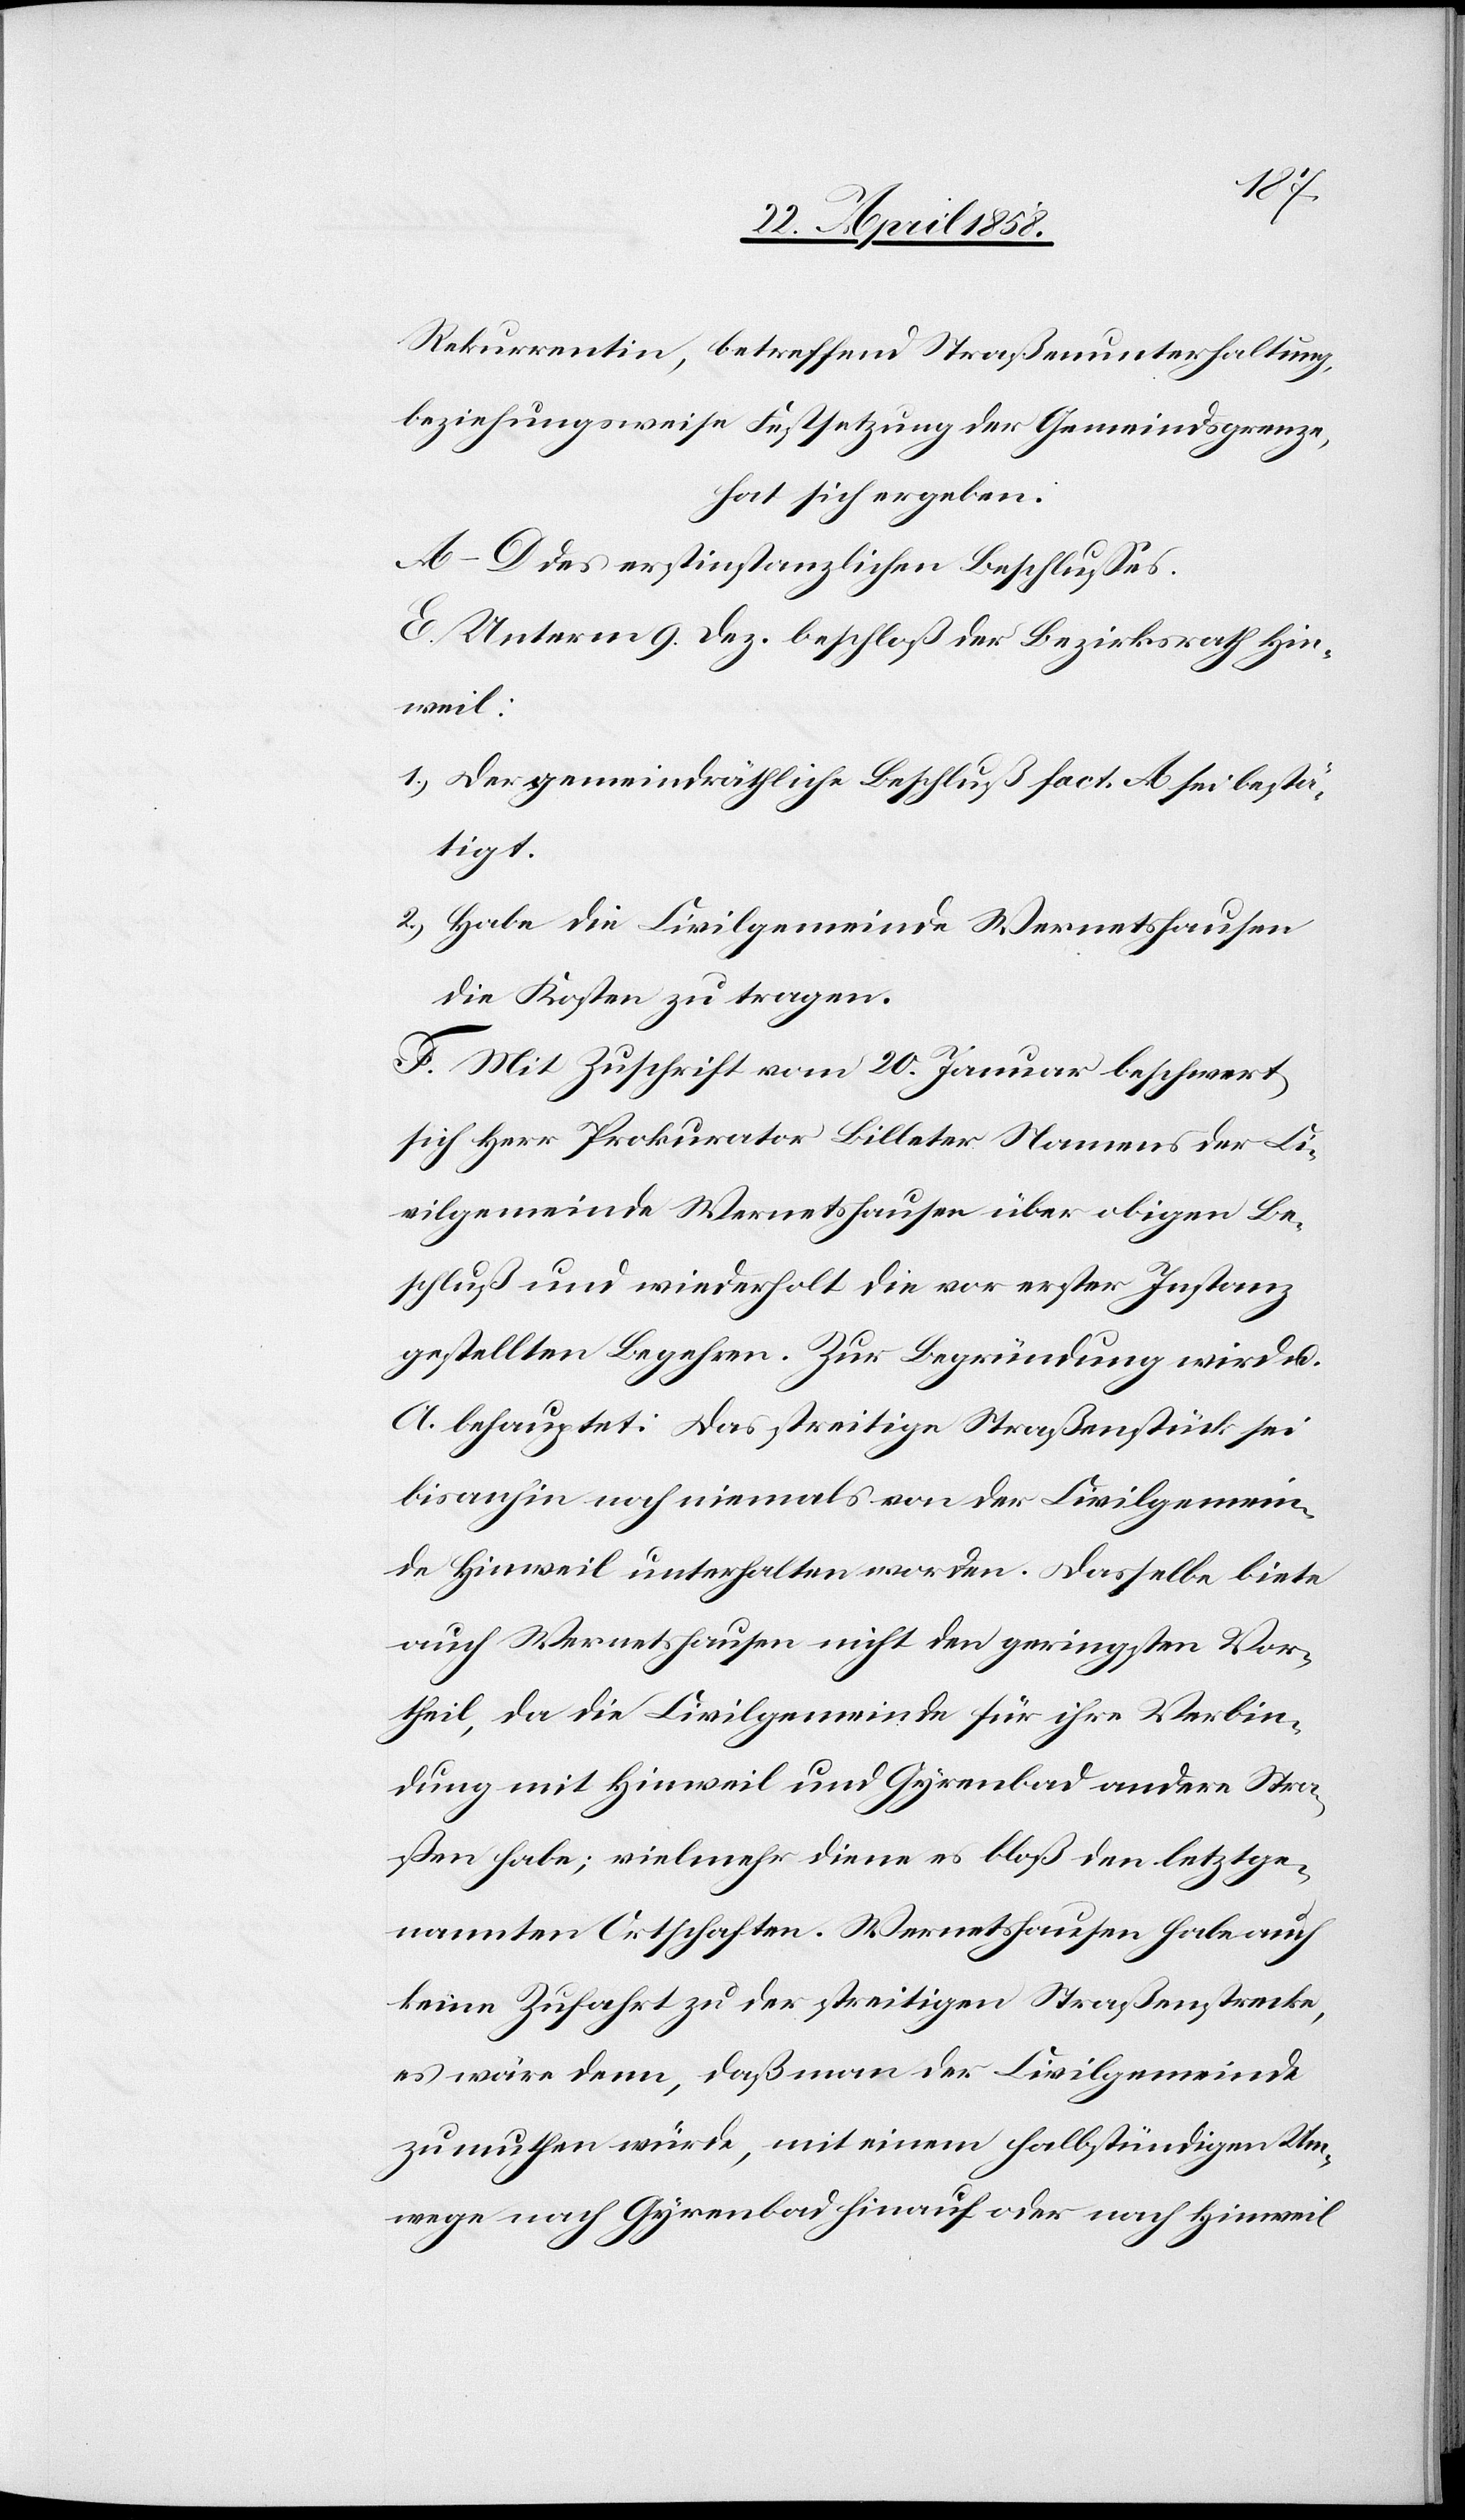
Rekurrentin, betreffend Straßenunterhaltung,
beziehungsweise Festsetzung der Gemeindsgrenze,
hat sich ergeben:
A–D des erstinstanzlichen Beschlusses.
E. Unterm 9. Dez, beschloß der Bezirksrath Hin¬
weil:
1.) Der gemeindräthliche Beschluß fact. A sei bestä¬
tigt.
2.) Habe die Civilgemeinde Wernetshausen
die Kosten zu tragen.
F. Mit Zuschrift vom 20. Januar beschwert
sich Herr Prokurator Billeter Namens der Ci¬
vilgemeinde Wernetshausen über obigen Be¬
schluß und wiederholt die vor erster Instanz
gestellten Begehren. Zur Begründung wird u.
A. behauptet: Das streitige Straßenstück sei
bis anhin noch niemals von der Civilgemein¬
de Hinweil unterhalten worden. Dasselbe biete
auch Wernetshausen nicht den geringsten Vor¬
theil, da die Civilgemeinde für ihre Verbin¬
dung mit Hinweil und Gyrenbad andere Stra¬
ßen habe; vielmehr diene es bloß den letztge¬
nannten Ortschaften. Wernetshausen habe auch
keine Zufahrt zu der streitigen Straßenstrecke,
es wäre denn, daß man der Civilgemeinde
zumuthen würde, mit einem halbstündigen Um¬
wege nach Gyrenbad hinauf oder nach Hinweil